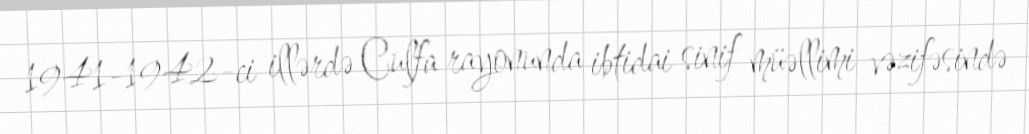
1941-1942-ci illərdə Culfa rayonunda ibtidai sinif müəllimi vəzifəsində